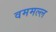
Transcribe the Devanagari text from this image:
वममल्ल